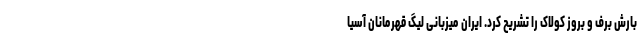
بارش برف و بروز کولاک را تشریح کرد. ایران میزبانی لیگ قهرمانان آسیا